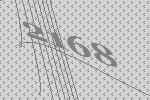
2168